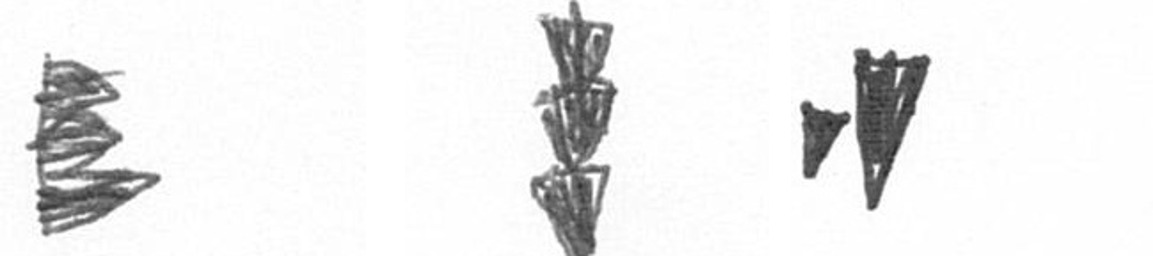
H E M